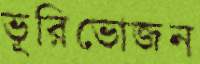
ভূরিভোজন